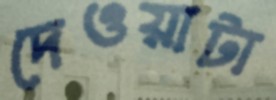
দেওয়াটা